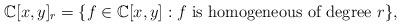
LaTeX: \begin{align*}\mathbb{C}[x,y]_r=\{f\in \mathbb{C}[x,y]: f\textrm{ is homogeneous of degree }r\},\end{align*}